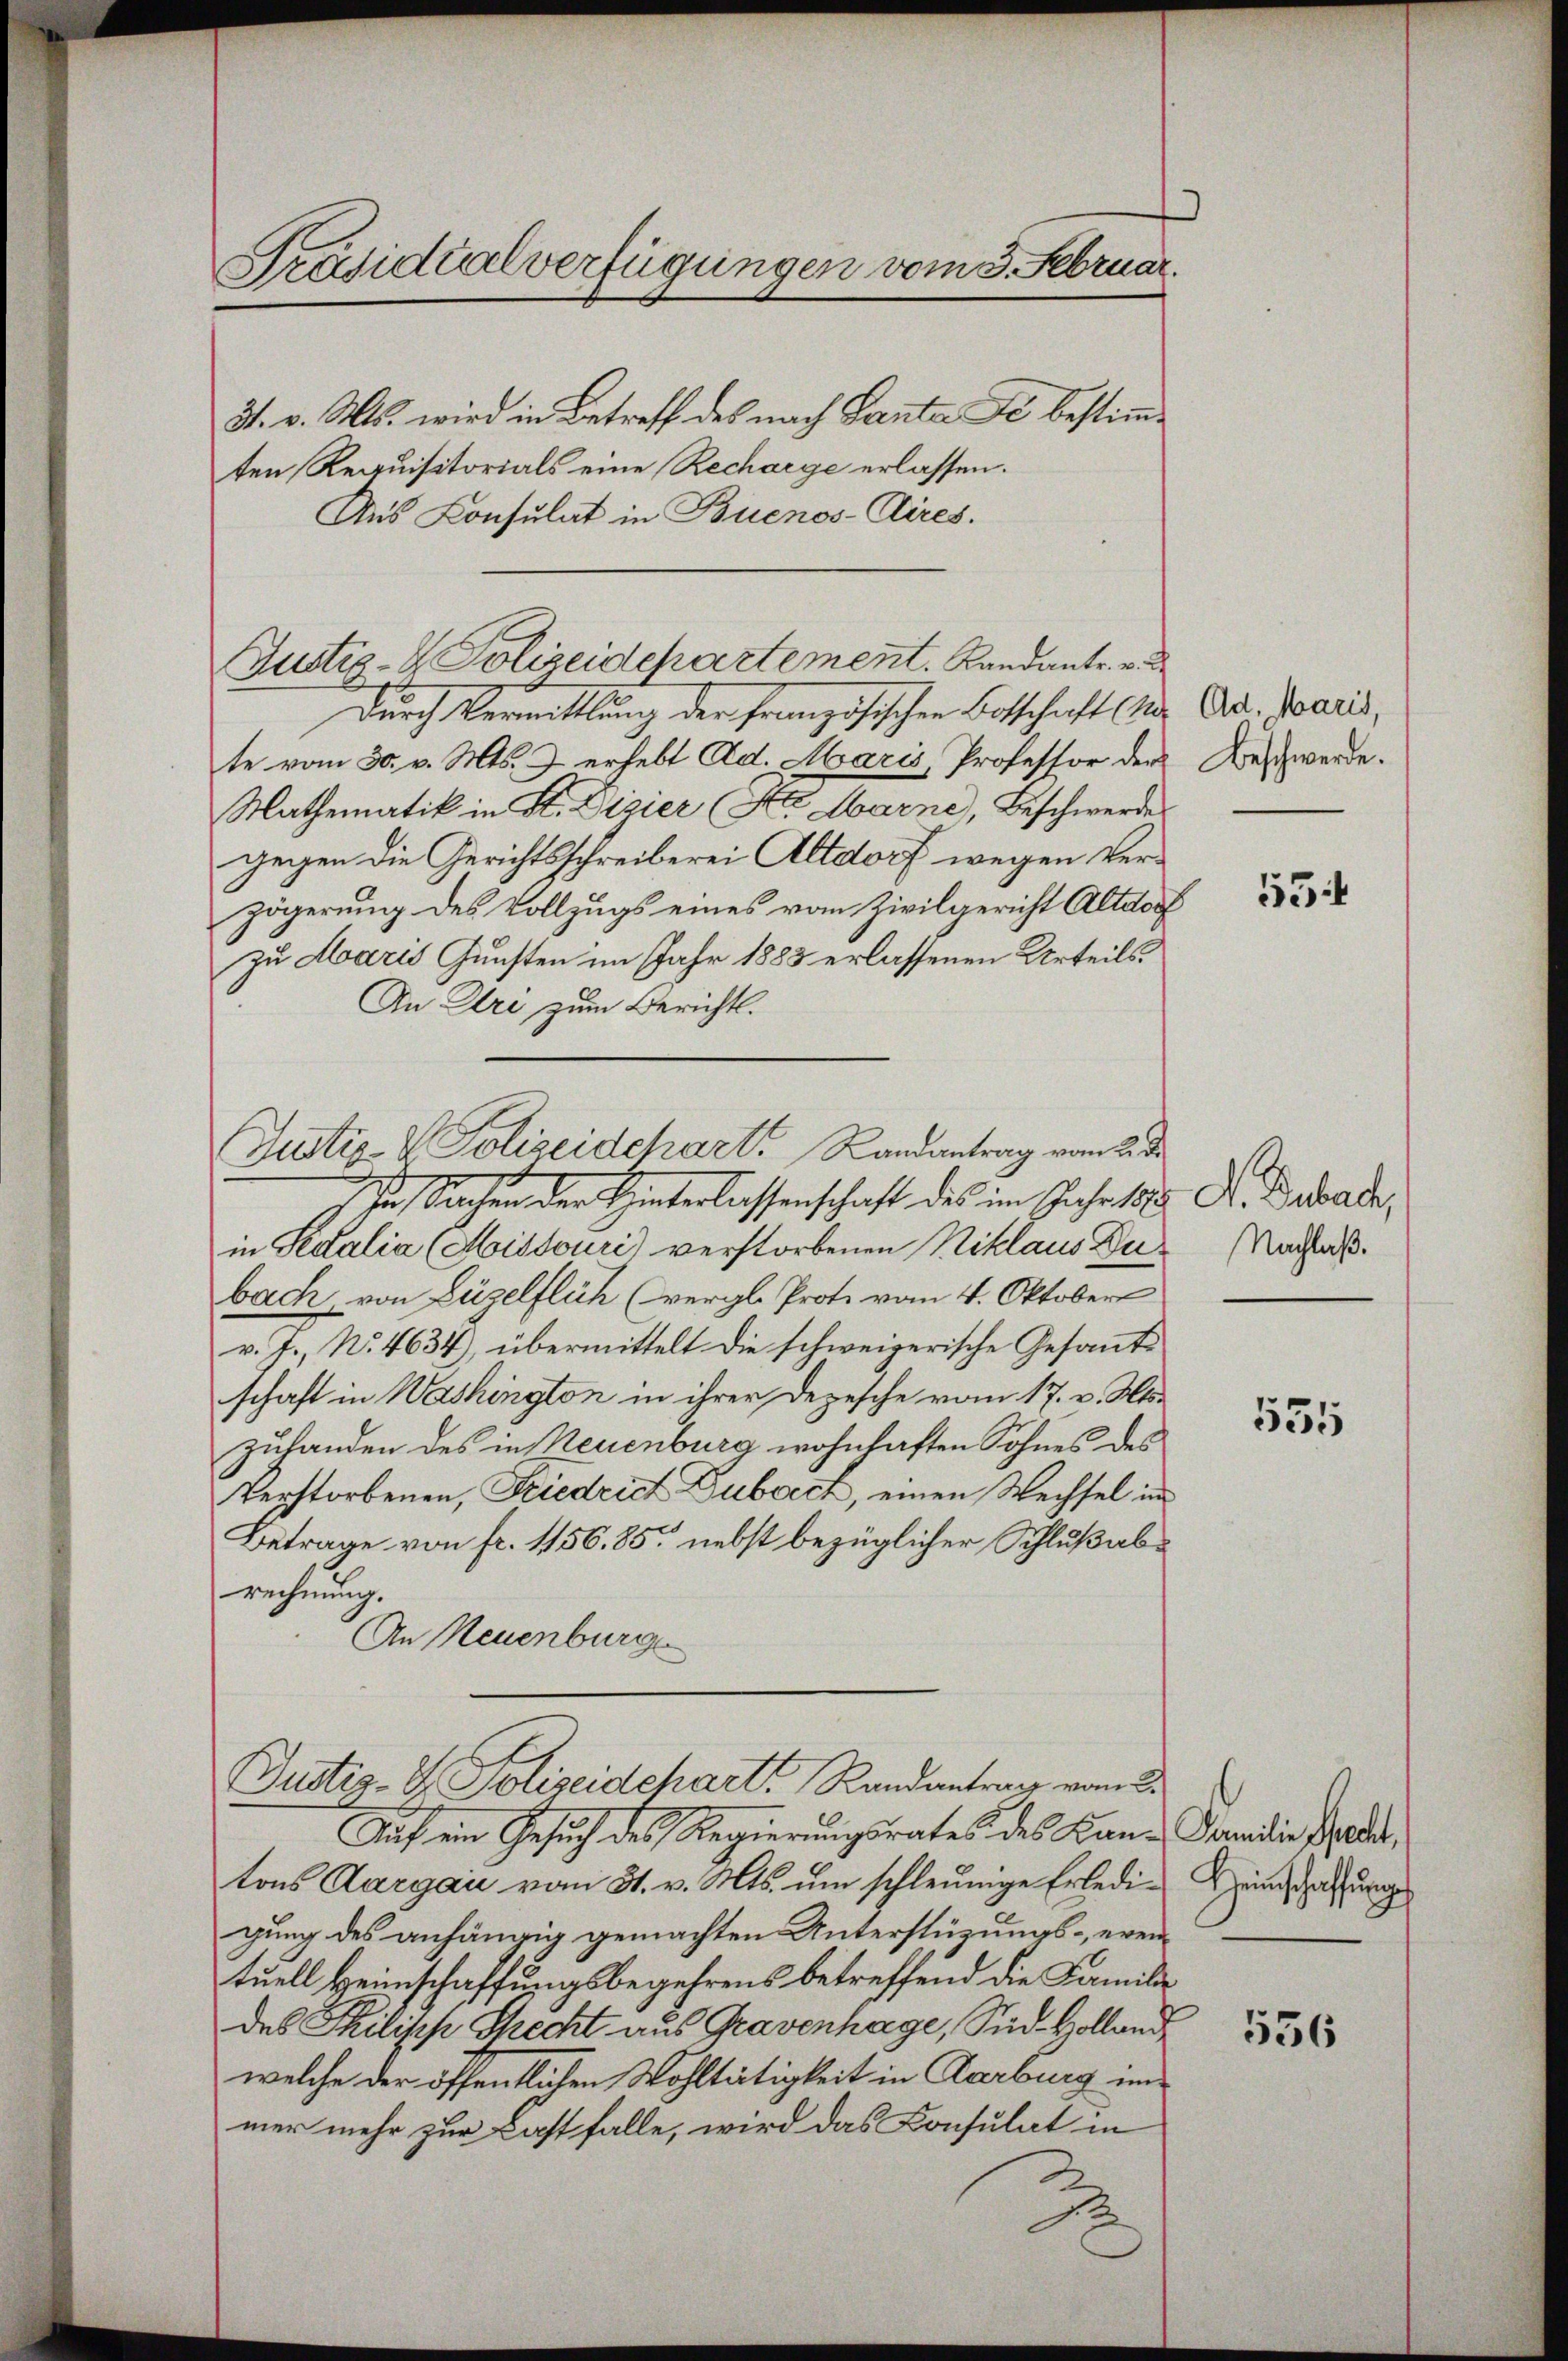
Präsidialverfügungen vom 3. Februar.
31. v. Mts. wird in Betreff des nach Santa de bestimmten Requisitorials eine Recharge erlassen.

Aus Consulat in Buenos-Aires.
Justiz- & Polizeidepartement. Kandantr. v.
Durch Vermittlung der französischen Botschaft (2. Ad. Paris,
te vom 30. v. Mts. 7 erhebt Ad. Maris Professor der
Mathematik in St. Dizier (der Warne, Beschwerdes
gegen die Gerichtsschreiberei Altdorf wegen Verzögerung des Vollzugs eines vom Zivilgericht Altdorf
zu Maris Gunsten im Jahr 1883 erlassenen Urteils¬
An Ure zum Bericht.
Justiz & Polizeidchart. Randantrag vom 2. de
In Sachen der Hinterlassenschaft des im Fahrtsl
in Sedalia (Moissouri) verstorbenen Niklaus Dubach von Zügelflich (vergl. Prote vom 4. Oktober
v. J., N. 4634, übermittelt die schweizerische Gesantschaft in Washington in ihrer Depesche vom 17. v. Mts.
Zuhanden des in Neuenburg wohnhaften Sohnes des
Verstorbenen, Friedrich Duborch, einen Wechsel im
Betrage von fr. 1156. 85. nebst bezüglicher Schlußabrechnung.
An Neuenburge

Justiz- & Polizeidchart, Randantrag vom 2.

Auf ein Gesuch des Regierungsrates des Kan-Paradie Pfaden,
tons Aargau vom 31. v. Mts. um schleunige Erledigung des anhängig gemachten Unterstüzungs- ereintuell Heimschaffungsbegehrens betreffend die Familie
des Philipp Stecht aus Gravenhage, Sid Volland
welche der öffentlichen Wohltätigkeit in Carburg im
mer mehr zur Last falle, wird das Consulat in

Beschwerde.

55

A. Dubach,
Nachlaß.

535

Heinschaffung

556